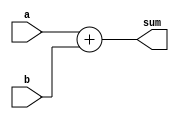
module Adder ( a, b, sum);
input [31:0] a,b;
output [31:0] sum;

assign sum = a + b;

endmodule